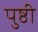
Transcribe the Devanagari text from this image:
पुष्ठी